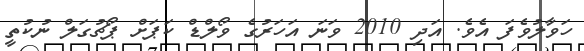
ހަވާލުވެފަ އެވެ. އަދި 2010 ވަނަ އަހަރުގެ ވޯލްޑް ކަޕަށް ޕޯޗުގަލް ނުކުތީ